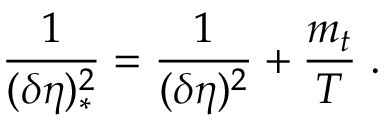
\frac { 1 } { ( \delta \eta ) _ { * } ^ { 2 } } = \frac { 1 } { ( \delta \eta ) ^ { 2 } } + \frac { m _ { t } } { T } \; .